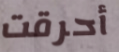
أحرقت